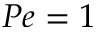
P e = 1